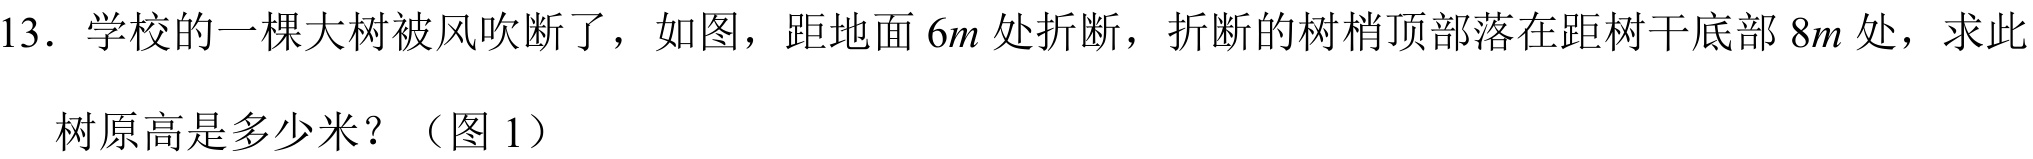
13. 学校的一棵大树被风吹断了，如图，距地面 \(6m\) 处折断，折断的树梢顶部落在距树干底部 \(8m\) 处，求此树原高是多少米？（图 1）